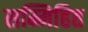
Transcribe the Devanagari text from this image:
सम्मिहित